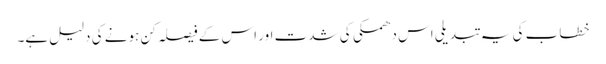
خطاب کی یہ تبدیلی اس دھمکی کی شدت اور اس کے فیصلہ کن ہونے کی دلیل ہے۔